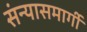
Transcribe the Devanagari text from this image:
संन्यासमार्गी